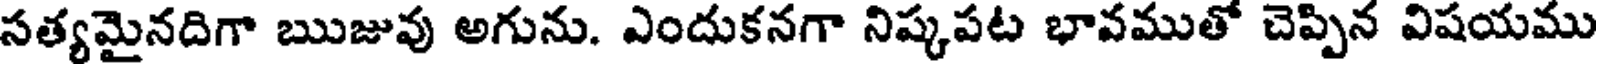
సత్యమైనదిగా ఋజువు అగును. ఎందుకనగా నిష్కపట భావముతో చెప్పిన విషయము